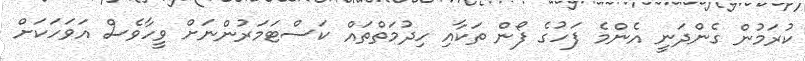
ކުރަމުން ގެންދަނީ އެންމެ ފަހުގެ ފޯން ތަކާއި ހިދުމަތްތައް ކަސްޓަމަރުންނަށް ވީހާވެސް އަވަހަކަށް